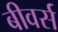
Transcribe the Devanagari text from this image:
बीवर्स